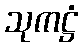
သုကဋ္ဌံ